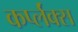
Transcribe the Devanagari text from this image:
कर्प्लंक्स